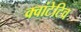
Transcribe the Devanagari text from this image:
क्वांटेटिव